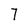
Character: 7